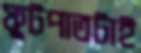
ফুটপাতটাই